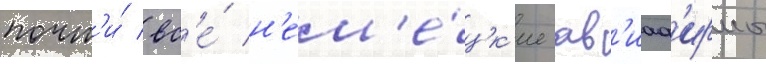
почт'и́ вс'е́ н'ем'е́цк'ие ав'иаф'ирмы